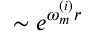
\sim e ^ { \omega _ { m } ^ { ( i ) } r }